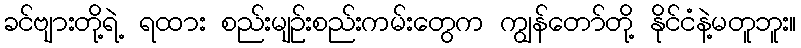
ခင်ဗျားတို့ရဲ့ ရထား စည်းမျဉ်းစည်းကမ်းတွေက ကျွန်တော်တို့ နိုင်ငံနဲ့မတူဘူး။